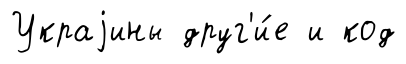
Украjины друг'и́е и код